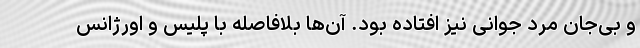
و بی‌جان مرد جوانی نیز افتاده بود. آن‌ها بلافاصله با پلیس و اورژانس